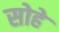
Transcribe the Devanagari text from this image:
सोहे